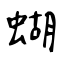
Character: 蝴